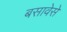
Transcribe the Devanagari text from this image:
बसावेसे